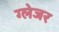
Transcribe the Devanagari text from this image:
ग्लेजर